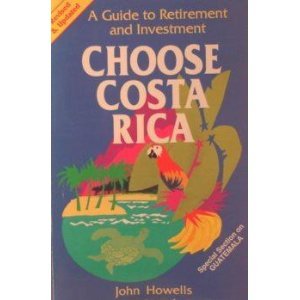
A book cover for Choose Costa Rica: A Guide to Retirement and Investment (Choose Costa Rica for Retirement: Retirement Discoveries for Every Budget); John Howells; Travel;